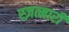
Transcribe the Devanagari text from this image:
स्ज़त्मारी